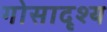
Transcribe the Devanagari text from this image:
गोसादृश्य